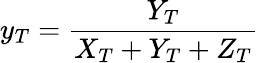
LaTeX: y_{T}={\frac{Y_{T}}{X_{T}+Y_{T}+Z_{T}}}